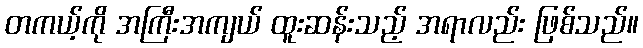
တကယ့်ကို အကြီးအကျယ် ထူးဆန်းသည့် အရာလည်း ဖြစ်သည်။